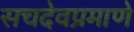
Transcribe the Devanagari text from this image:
सचदेवप्रमाणे